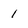
Character: 1